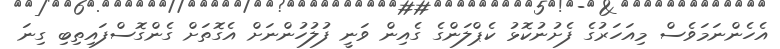
އެހެންނަމަވެސް މިއަހަރުގެ ފެށުނުކޮޅު ކެޕްލަންގެ ގެއިން ވަނީ ފުލުހުންނަށް އެގޮތަށް ގެންގޮސްފައިތިބި ގިނަ